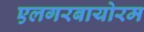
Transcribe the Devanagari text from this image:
एलगरबायोरम